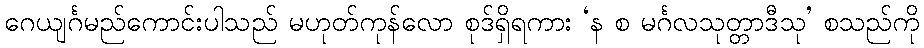
ဂေယျင်္ဂမည်ကောင်းပါသည် မဟုတ်ကုန်လော စုဒ်ရှိရကား ‘န စ မင်္ဂလသုတ္တာဒီသု’ စသည်ကို